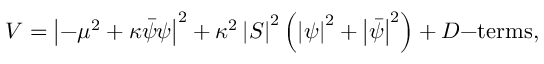
V = \left| - \mu ^ { 2 } + \kappa \bar { \psi } \psi \right| ^ { 2 } + \kappa ^ { 2 } \left| S \right| ^ { 2 } \left( \left| \psi \right| ^ { 2 } + \left| \bar { \psi } \right| ^ { 2 } \right) + D \mathrm { - t e r m s } ,